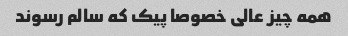
همه چیز عالی خصوصا پیک که سالم رسوند